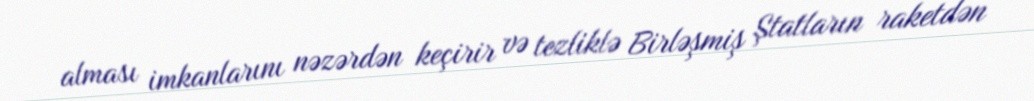
alması imkanlarını nəzərdən keçirir və tezliklə Birləşmiş Ştatların raketdən